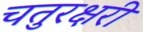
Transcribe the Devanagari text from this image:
चतुरक्षरी